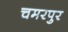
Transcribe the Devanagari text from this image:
चमरपुर